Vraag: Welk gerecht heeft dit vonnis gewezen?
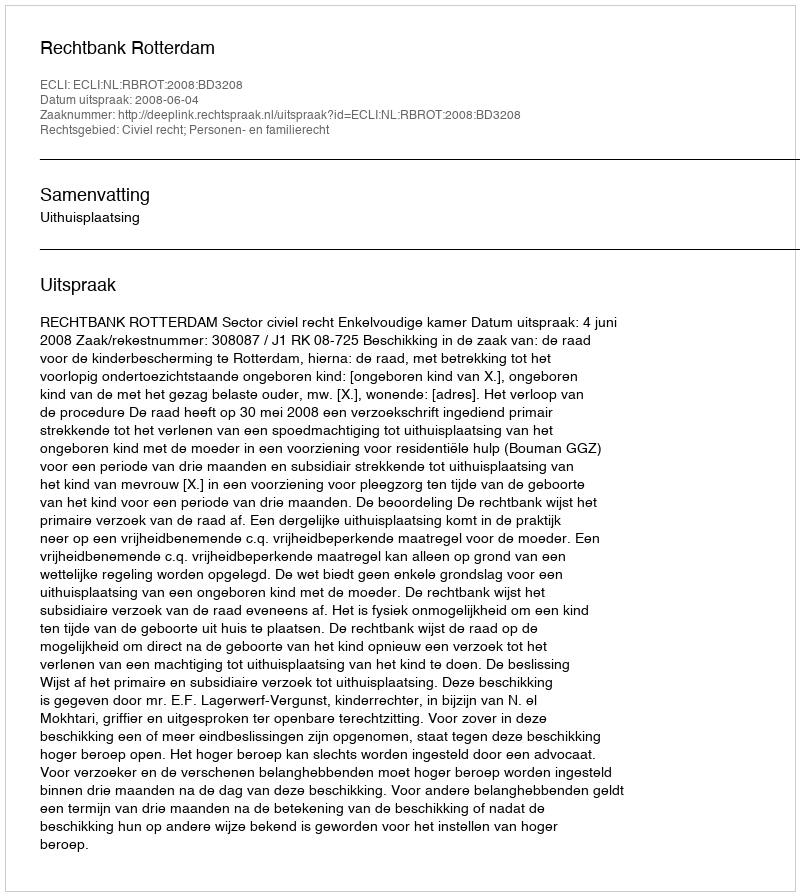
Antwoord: Rechtbank Rotterdam